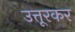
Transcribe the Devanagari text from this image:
उत्तूरकर